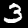
Label: 3